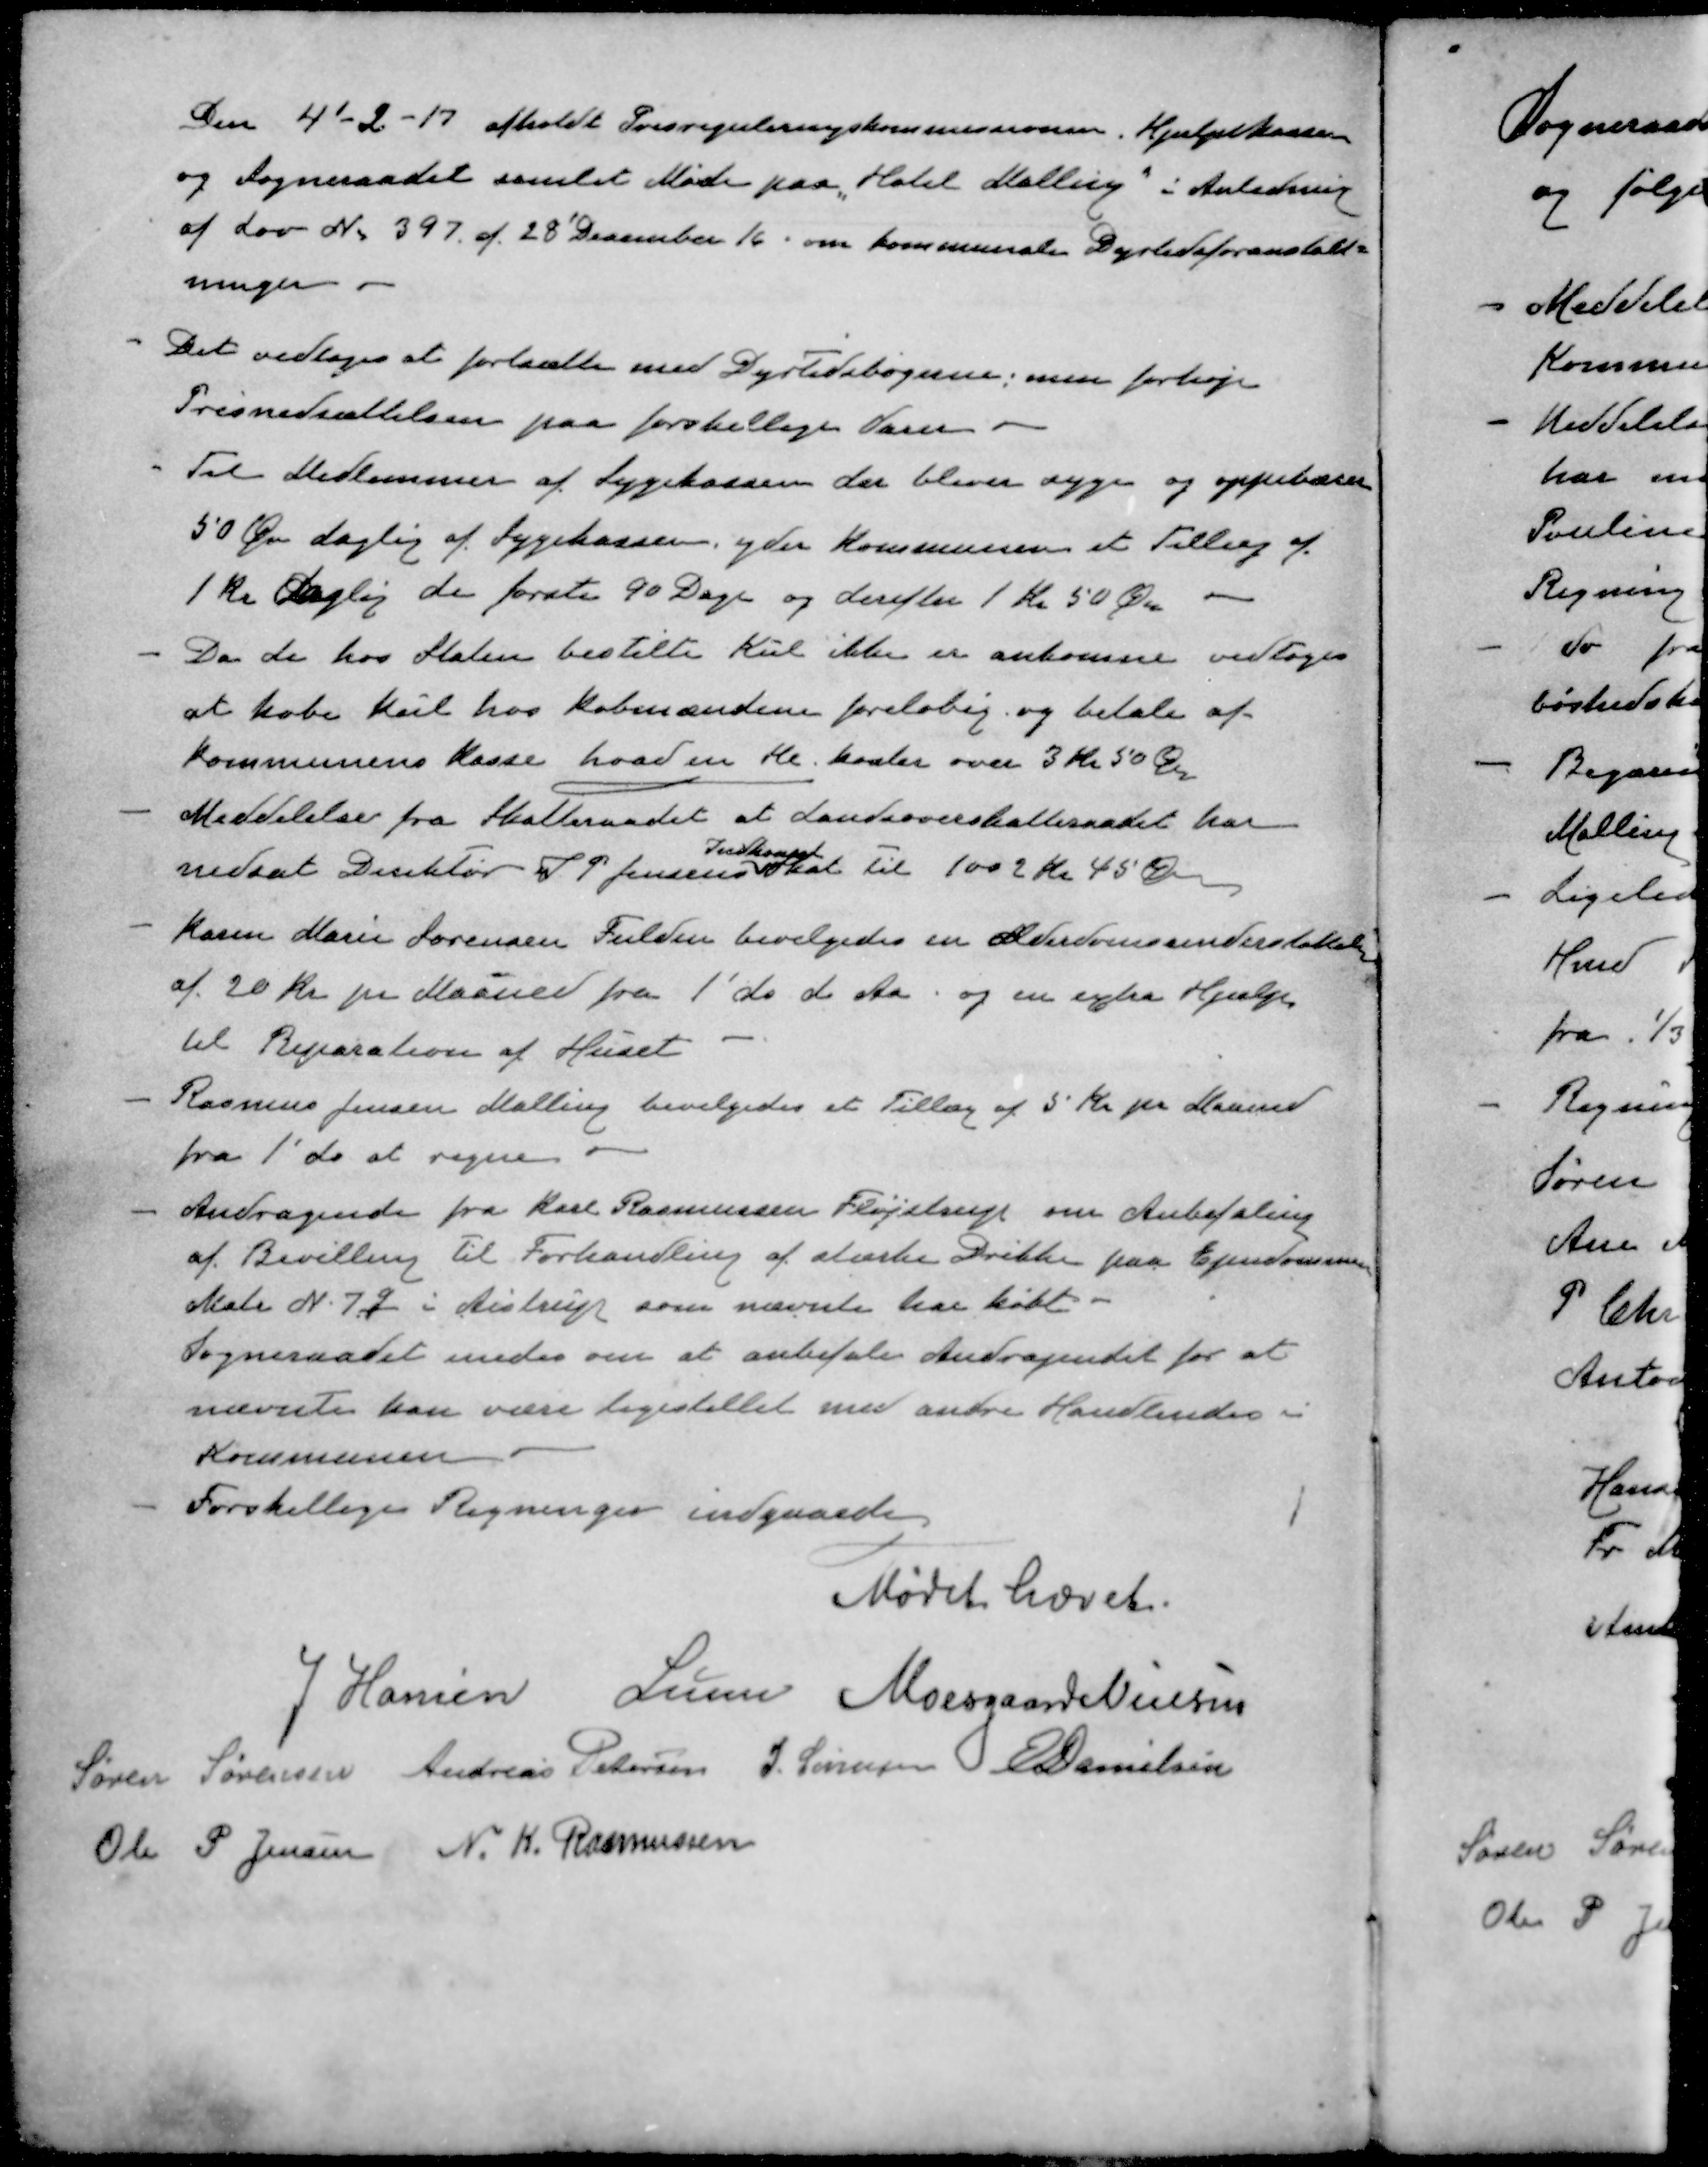
Transskription:
Den 4'-2-17 afholdt Prisreguleringskommissionen, Hjælpekassen
og Sogneraadet samlet Møde paa "Hotel Malling" i Anledning
af Lov No. 397 af 28' December 16 om kommunale Dyrtidsforanstalt-
ninger
- Det vedtoges at fortsætte med Dyrtidsbøgerne; men forhøje
Prisnedsættelsen paa forskellige Varer.
- Til Medlemmer af Sygekassen der bliver syge og oppebærer
50 Øre daglig af Sygekassen yder Kommunen et Tillæg af
1 kr daglig de første 90 Dage og derefter 1 Kr 50 Øre 
- Da de hos Staten bestille Kul ikke er ankomne vedtoges
at købe Kul hos Købmændene foreløbig og betale af 
Kommunens Kasse hvad en Hl koster over 3 Kr 50 Ør
- Meddelelser fra Skatteraadet at Landsoverskatteraadet har
Indkomst
nedsat Direktør S. P. Jensens Skat til 1002 Kr 45 Øre
- Karen Marie Sørensen Fulden bevilgedes en Alderdomsunderstøttelse
af 20 Kr pr Maaned fra 1' ds. d. Aa. og en extra Hjælp
til Reparation af Huset
- Rasmus Jensen Malling bevilgedes et Tillæg af 5 Kr pr Maaned
fra 1' ds at regne
- Andragende fra Karl Rasmussen Fløjstrup om Anbefaling
af Bevilling til Forhandling af stærke Drikke paa Ejendommen
Matr N. 7q i Aistrup som nævnte har købt
Sogneraadet enedes om at anbefale Andragendet for at
nævnte kan være ligestillet med andre Handlende i
Kommunen
- Forskellige Regninger indgaaede
Mødet hævet.
J Hansen
Lunn
Moesgaard Nielsen
Søren Sørensen
Andreas Petersen
J Sørensen
E Danielsen
Ole P Jensen
N. K. Rasmussen